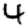
Digit: 4